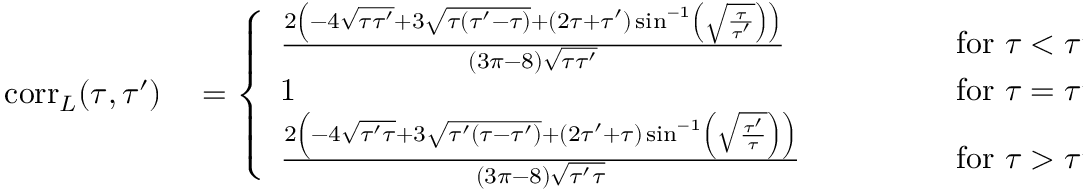
\begin{array} { r l } { \mathrm { c o r r } _ { L } ( \tau , \tau ^ { \prime } ) } & { { } = \left\{ \begin{array} { l l } { \frac { 2 \left( - 4 \sqrt { \tau \tau ^ { \prime } } + 3 \sqrt { \tau ( \tau ^ { \prime } - \tau ) } + ( 2 \tau + \tau ^ { \prime } ) \sin ^ { - 1 } \left( \sqrt { \frac { \tau } { \tau ^ { \prime } } } \right) \right) } { ( 3 \pi - 8 ) \sqrt { \tau \tau ^ { \prime } } } \qquad \quad \, } & { \mathrm { f o r } \ \tau < \tau ^ { \prime } } \\ { 1 \quad \ \ \qquad \qquad \qquad \qquad \qquad \qquad \qquad \qquad \qquad \, } & { \mathrm { f o r } \ \tau = \tau ^ { \prime } } \\ { \frac { 2 \left( - 4 \sqrt { \tau ^ { \prime } \tau } + 3 \sqrt { \tau ^ { \prime } ( \tau - \tau ^ { \prime } ) } + ( 2 \tau ^ { \prime } + \tau ) \sin ^ { - 1 } \left( \sqrt { \frac { \tau ^ { \prime } } { \tau } } \right) \right) } { ( 3 \pi - 8 ) \sqrt { \tau ^ { \prime } \tau } } \qquad } & { \mathrm { f o r } \ \tau > \tau ^ { \prime } \ . } \end{array} \right. } \end{array}